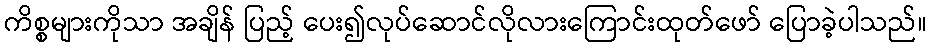
ကိစ္စများကိုသာ အချိန် ပြည့် ပေး၍လုပ်ဆောင်လိုလားကြောင်းထုတ်ဖော် ပြောခဲ့ပါသည်။